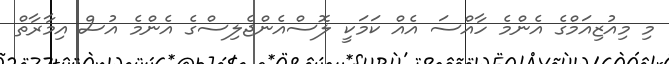
މި މިއުޒިއަމްގެ އެންމެ ހާއްސަ އެއް ކަމަކީ ލޮސްއެންޖެލިސްގެ އެންމެ އުސް އިމާރާތް